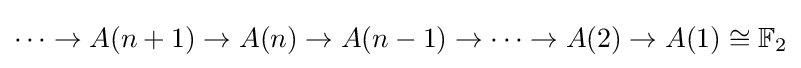
\dots \to A(n+1)\to A(n)\to A(n-1)\to \dots \to A(2)\to A(1)\cong \mathbb {F} _{2}